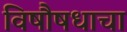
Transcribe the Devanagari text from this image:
विषौषधाचा